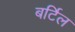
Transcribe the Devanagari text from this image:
बर्टिल